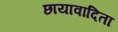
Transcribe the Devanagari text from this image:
छायावादिता